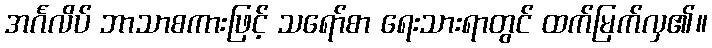
အင်္ဂလိပ် ဘာသာစကားဖြင့် သရော်စာ ရေးသားရာတွင် ထက်မြက်လှ၏။